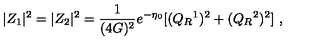
| Z _ { 1 } | ^ { 2 } = | Z _ { 2 } | ^ { 2 } = { \frac { 1 } { ( 4 G ) ^ { 2 } } } e ^ { - \eta _ { 0 } } [ ( Q _ { R } { } ^ { 1 } ) ^ { 2 } + ( Q _ { R } { } ^ { 2 } ) ^ { 2 } ] \ ,